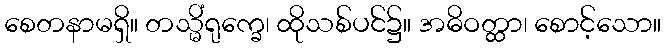
စေတနာမရှိ။ တသ္မိံရုက္ခေ၊ ထိုသစ်ပင်၌။ အဓိဝတ္ထာ၊ စောင့်သော။